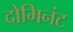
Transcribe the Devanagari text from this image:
दोमिनंट